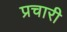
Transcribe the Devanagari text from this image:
प्रचारी